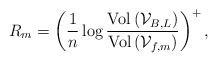
LaTeX: \begin{align*}R_{m}=\left(\frac{1}{n}\log\frac{\textrm{Vol}\left(\mathcal{V}_{B,L}\right)}{\textrm{Vol}\left(\mathcal{V}_{f,m}\right)}\right)^{+},\end{align*}